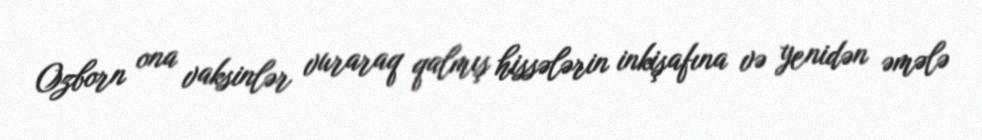
Ozborn ona vaksinlər vuraraq qalmış hissələrin inkişafına və yenidən əmələ